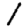
Digit: 1